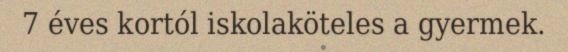
7 éves kortól iskolaköteles a gyermek.